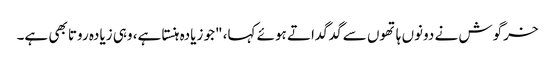
خرگوش نے دونوں ہاتھوں سے گدگداتے ہوئے کہا، "جو زیادہ ہنستا ہے، وہی زیادہ روتا بھی ہے۔